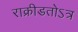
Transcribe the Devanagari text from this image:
राक्रीडतोऽत्र